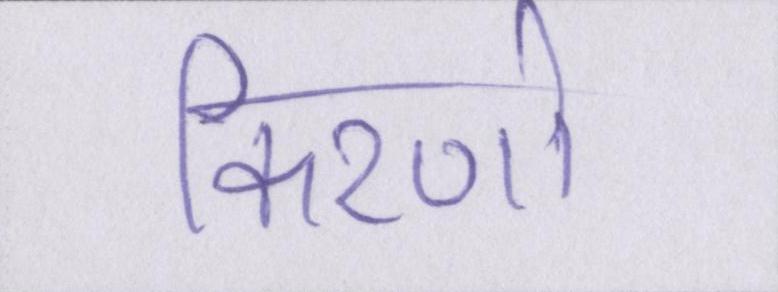
किरणो